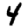
Digit: 4